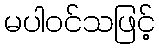
မပါဝင်သဖြင့်